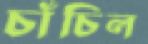
চাঁচিল